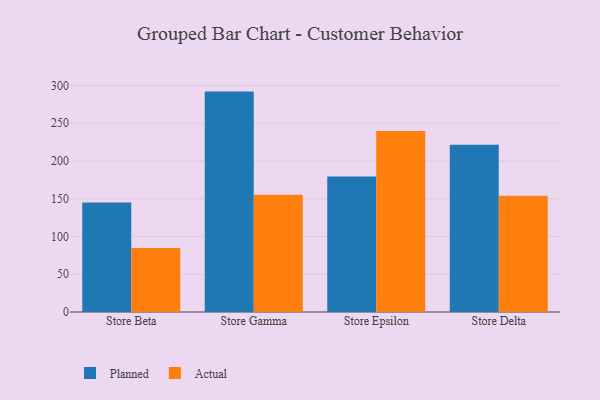
{"axis": {"x": "Store", "y": "Operating Costs (USD K)"}, "legend": ["Actual", "Planned"], "data": [{"x": "Store Beta", "y": 144.9, "type": "Planned"}, {"x": "Store Beta", "y": 84.8, "type": "Actual"}, {"x": "Store Gamma", "y": 291.9, "type": "Planned"}, {"x": "Store Gamma", "y": 155.4, "type": "Actual"}, {"x": "Store Epsilon", "y": 179.3, "type": "Planned"}, {"x": "Store Epsilon", "y": 239.8, "type": "Actual"}, {"x": "Store Delta", "y": 221.5, "type": "Planned"}, {"x": "Store Delta", "y": 154.1, "type": "Actual"}]}